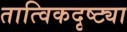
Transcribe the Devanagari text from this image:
तात्विकदृष्ट्या